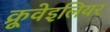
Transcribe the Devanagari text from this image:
क्रूवेइलियर